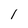
Character: 1